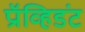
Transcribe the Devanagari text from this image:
प्रॉव्हिडंट